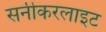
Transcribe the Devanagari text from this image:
सनीकरलाइट